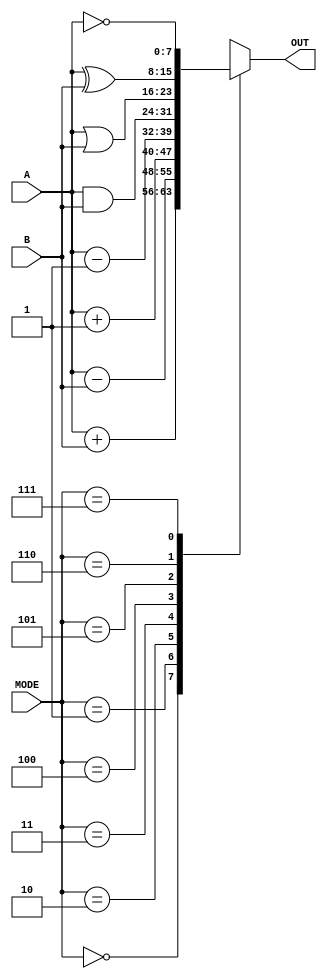
`timescale 1ns / 1ps
//////////////////////////////////////////////////////////////////////////////////
// Company: 
// Engineer: 
// 
// Design Name: 
// Module Name: ALU
// Project Name: 
// Target Devices: 
// Tool Versions: 
// Description: 
// 
// Dependencies: 
// 
// Revision:
// Revision 0.01 - File Created
// Additional Comments:
// 
//////////////////////////////////////////////////////////////////////////////////


module ALU(
input [7:0] A,B,
output [7:0] OUT,
input [2:0] MODE );

//wire [2:0] temp;

assign OUT=ALU_func(A,B,MODE);

function [7:0] ALU_func;
    //input ALU;
    input [7:0] A,B;
    input [2:0] MODE;
    //output [7:0] OUT;
    reg [7:0] temp;
    begin
        case(MODE)
            3'b000:  temp=A+B;
            3'b001:  temp=A-B;
            3'b010:  temp=A+1;
            3'b011:  temp=A-1;
            3'b100:  temp=A&B;
            3'b101:  temp=A|B;
            3'b110:  temp=A^B;
            3'b111:  temp=~A;
      endcase
      ALU_func=temp;
    end
 endfunction
endmodule